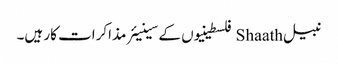
نبیل Shaath فلسطینیوں کے سینیئر مذاکرات کار ہیں۔